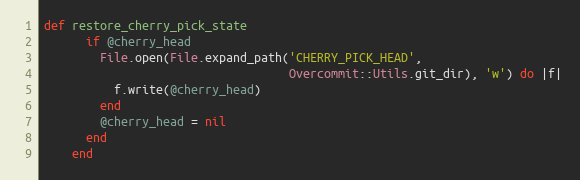
Language: Ruby
def restore_cherry_pick_state
      if @cherry_head
        File.open(File.expand_path('CHERRY_PICK_HEAD',
                                   Overcommit::Utils.git_dir), 'w') do |f|
          f.write(@cherry_head)
        end
        @cherry_head = nil
      end
    end